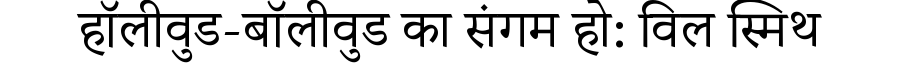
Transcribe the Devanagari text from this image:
हॉलीवुड-बॉलीवुड का संगम हो: विल स्मिथ